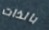
بالذات